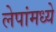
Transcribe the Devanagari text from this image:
लेपांमध्ये